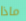
ماذا